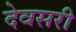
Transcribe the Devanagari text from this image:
देवसरी